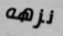
نزهه